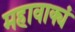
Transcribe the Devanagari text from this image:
महावाक्यं